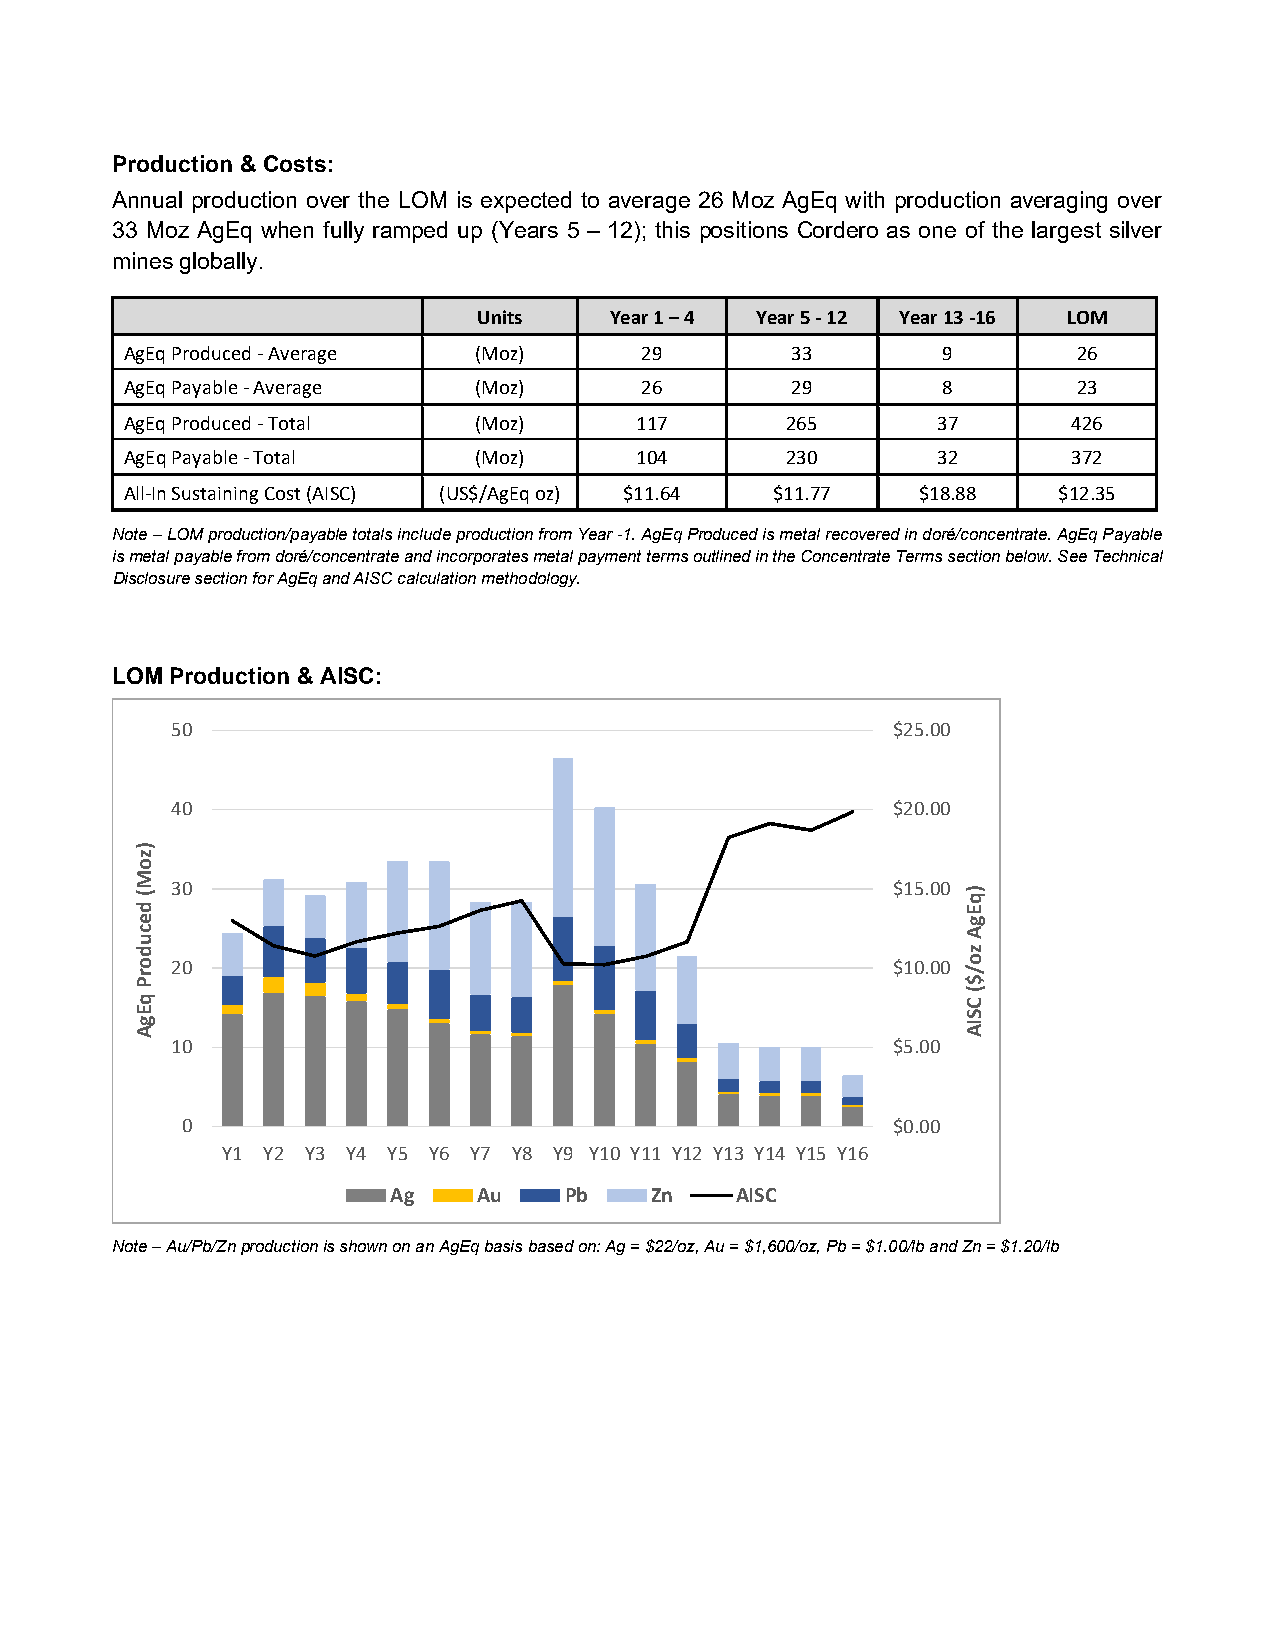
Production & Costs:
 Annual production over the LOM is expected to average 26 Moz AgEq with production averaging over
 33 Moz AgEq when fully ramped up (Years 5 – 12); this positions Cordero as one of the largest silver
 mines globally.
 Units   Year 1 – 4 Year 5 - 12 Year 13 -16 LOM
 AgEq Produced - Average (Moz)     29        33        9        26
 AgEq Payable - Average (Moz)      26        29        8        23
 AgEq Produced - Total  (Moz)      117       265       37       426
 AgEq Payable - Total   (Moz)      104       230       32       372
 All-In Sustaining Cost (AISC) (US$/AgEq oz) $11.64 $11.77 $18.88 $12.35
 Note – LOM production/payable totals include production from Year -1. AgEq Produced is metal recovered in doré/concentrate. AgEq Payable
 is metal payable from doré/concentrate and incorporates metal payment terms outlined in the Concentrate Terms section below. See Technical
 Disclosure section for AgEq and AISC calculation methodology.
 LOM Production & AISC:
 50                                              $25.00
 40                                              $20.00
 30                                              $15.00
 20                                              $10.00
 10                                              $5.00
 0                                              $0.00
 Y1 Y2 Y3 Y4 Y5 Y6 Y7 Y8 Y9 Y10 Y11 Y12 Y13 Y14 Y15 Y16
 Ag    Au   Pb    Zn    AISC
 Note – Au/Pb/Zn production is shown on an AgEq basis based on: Ag = $22/oz, Au = $1,600/oz, Pb = $1.00/lb and Zn = $1.20/lb
 )zoM(
 decudorP
 qEgA
 )qEgA
 zo/$(
 CSIA